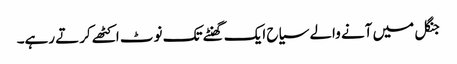
جنگل میں آنے والے سیاح ایک گھنٹے تک نوٹ اکٹھے کرتے رہے۔